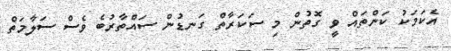
އެކަމަކު ކަންތައް ވީ ގޮތުން މި ސަކަރާތް ގަނޑުން ސައްތާރުބެ ވެސް ސަލާމަތް